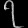
Digit: ၇